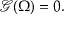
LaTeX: { \mathcal { G } } ( \Omega ) = 0 .